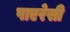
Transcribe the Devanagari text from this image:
पाएरेसी